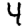
Digit: 4